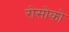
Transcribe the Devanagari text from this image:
रोसोको